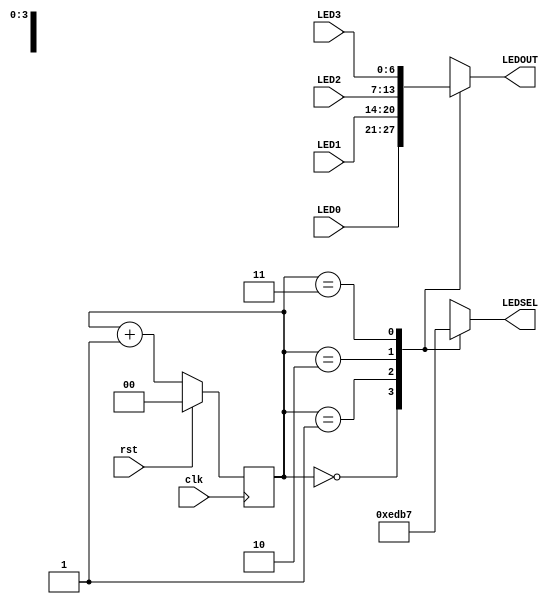

module LED_MUX (clk, rst, LED0, LED1, LED2, LED3, LEDOUT, LEDSEL);
input clk, rst;
input [6:0] LED0, LED1, LED2, LED3;
output[3:0] LEDSEL;
output[6:0] LEDOUT;
reg [3:0] LEDSEL;
reg [6:0] LEDOUT;
reg [1:0] index;
always @(posedge clk)
begin
if(rst)
index = 0;
else
index = index + 1;
end
always @(index or LED0 or LED1 or LED2 or LED3)
begin
case(index)
0: begin
LEDSEL = 4'b1110;
LEDOUT = LED0;
end
1: begin
LEDSEL = 4'b1101;
LEDOUT = LED1;
end
2: begin
LEDSEL = 4'b1011;
LEDOUT = LED2;
end
3: begin
LEDSEL = 4'b0111;
LEDOUT = LED3;
end
default: begin
LEDSEL = 0; LEDOUT = 0;
end
endcase
end
endmodule